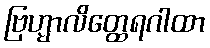
ဗြဟ္မာလိတ္ထေရဂါထာ